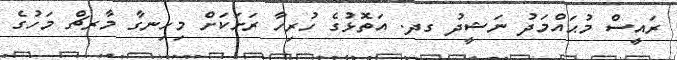
ރައީސް މުޙައްމަދު ނަޝީދު ގދ. އަތޮޅުގެ ހުރިހާ ރަށަކަށް މިހިނގާ މާރޗް މަހުގެ